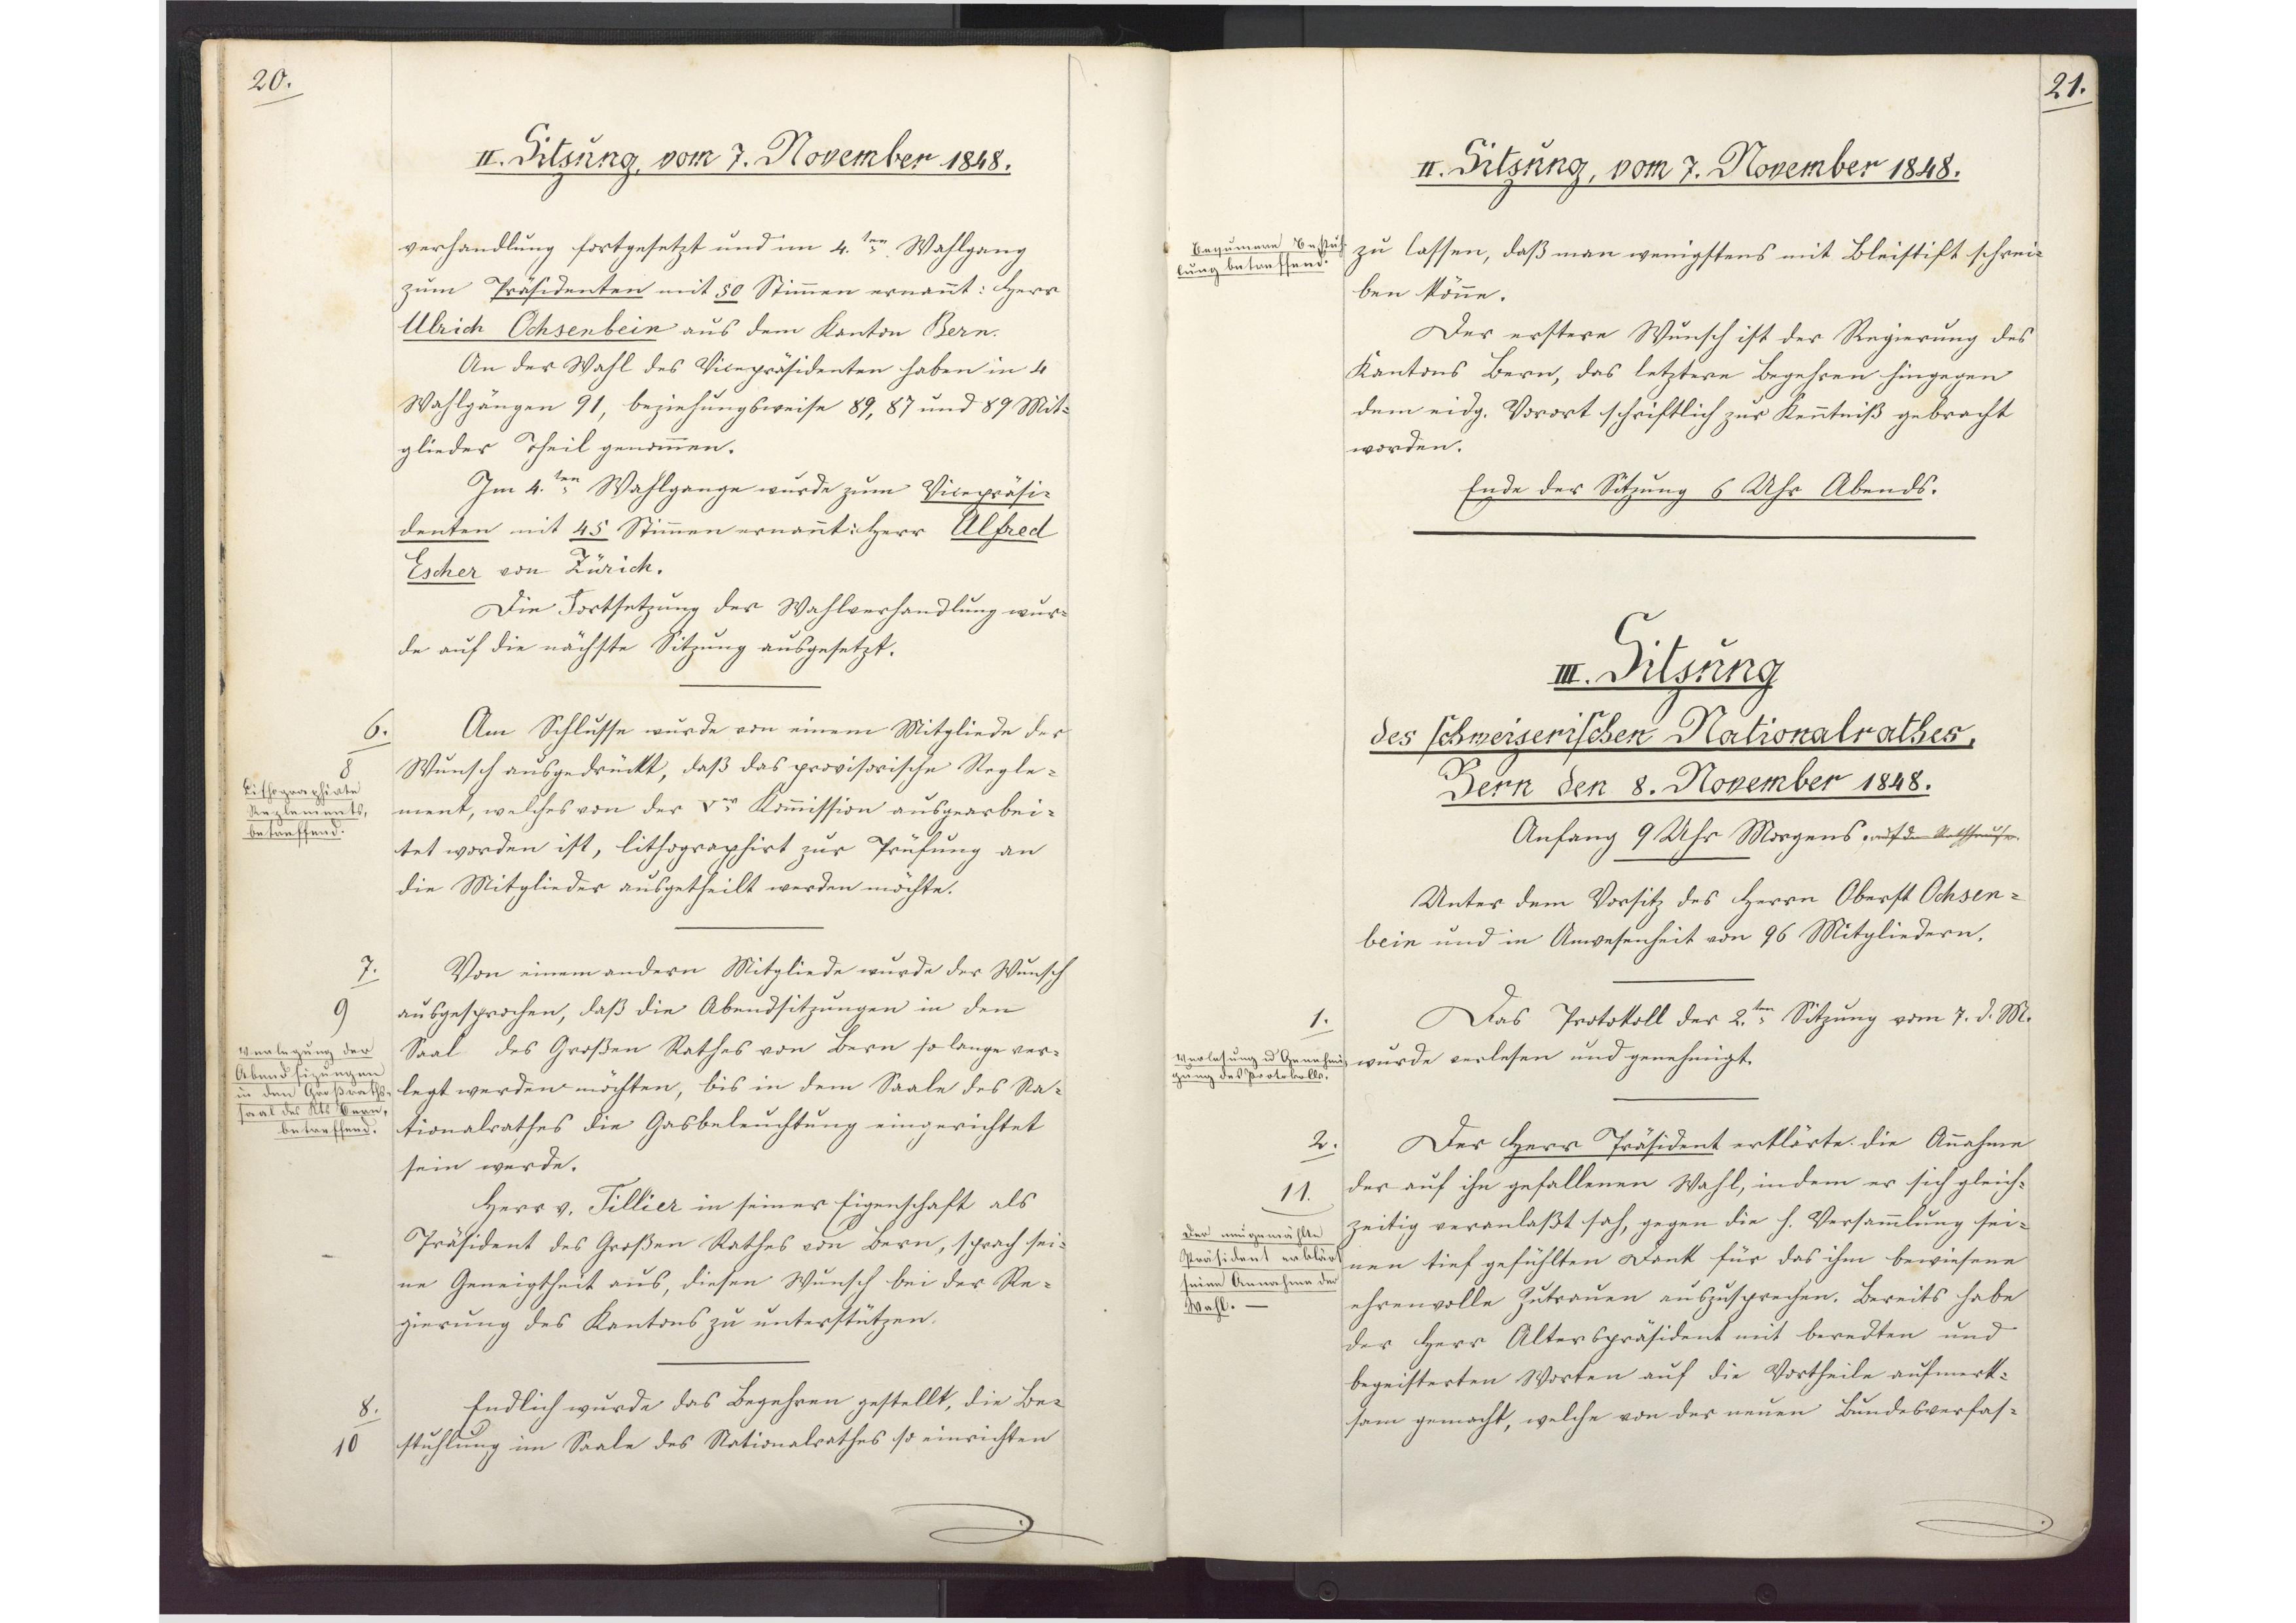
20.

II. Sitzung, vom 7. November 1848.

verhandlung fortgesetzt und im 4. ten Wahlgang
zum Präsidenten mit 50 Stimmen ernannt: Herr
Ulrich Ochsenbein aus dem Kanton Bern.
An der Wahl des Vicepräsidenten haben in 4
Wahlgängen 91, beziehungsweise 89, 87 und 89 Mit¬
glieder Theil genommen.
Im 4. ten Wahlgange wurde zum Vicepräsi¬
denten mit 45 Stimmen ernannt: Herr Alfred

Escher von Zürich.
Die Fortsetzung der Wahlverhandlung wur¬
de auf die nächste Sitzung ausgesetzt.
Am Schlusse wurde von einem Mitgliede der
Wunsch ausgedrückt, daß das provisorische Regle¬
ment, welches von der V.er Kommission ausgearbei¬
tet worden ist, lithographirt zur Prüfung an
die Mitglieder ausgetheilt werden möchte.
Von einem andern Mitgliede wurde der Wunsch
ausgesprochen, daß die Abendsitzungen in den
Saal des Großen Rathes von Bern so lange ver¬
legt werden möchten, bis in dem Saale des Na¬
tionalrathes die Gasbeleuchtung eingerichtet
sein werde.
Herr v. Tillier in seiner Eigenschaft als
Präsident des Großen Rathes von Bern, sprach sei¬
ne Geneigtheit aus, diesen Wunsch bei der Re¬
gierung des Kantons zu unterstützen.
Endlich wurde das Begehren gestellt, die Be¬
stuhlung im Saale des Nationalrathes so einrichten

6.
8
Lithographirte
Reglements,
betreffend.

7.
9
Verlegung der
Abendsizungen
in den Großraths¬
saal des Kts Bern,
betreffend.
8.
10

21.

II. Sitzung, vom 7. November 1848.

zu lassen, daß man wenigstens mit Bleistift schrei¬
ben könne.
Der erstere Wunsch ist der Regierung des
Kantons Bern, das letztere Begehren hingegen
dem eidg. Vorort schriftlich zur Kenntniß gebracht
worden.
Ende der Sitzung 6 Uhr Abends.

Bequeme Bestuh¬
lung betreffend.